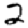
Digit: 2